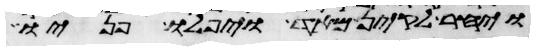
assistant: ויחר לקין מאד ויפלו פניו